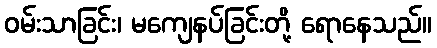
ဝမ်းသာခြင်း၊ မကျေနပ်ခြင်းတို့ ရောနေသည်။